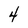
Character: 4